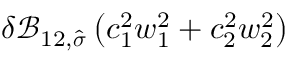
\delta \mathcal { B } _ { 1 2 , \widehat { \boldsymbol { \sigma } } } \left( c _ { 1 } ^ { 2 } w _ { 1 } ^ { 2 } + c _ { 2 } ^ { 2 } w _ { 2 } ^ { 2 } \right)